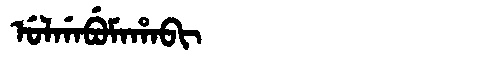
Manchu: ᡠᠯᡤᠠᠪᡠᠮᠠᡥᠠᠪᡳ
Romanization: ULGABUMAHABI